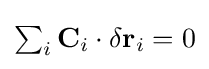
{\textstyle \sum _{i}\mathbf {C} _{i}\cdot \delta \mathbf {r} _{i}=0}